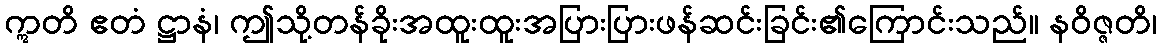
ဣတိ ဧတံ ဋ္ဌာနံ၊ ဤသို့တန်ခိုးအထူးထူးအပြားပြားဖန်ဆင်းခြင်း၏ကြောင်းသည်။ နဝိဇ္ဇတိ၊